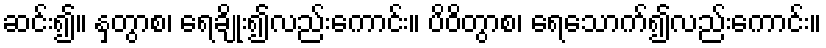
ဆင်း၍။ နှတွာစ၊ ရေချိုး၍လည်းကောင်း။ ပိဝိတွာစ၊ ရေသောက်၍လည်းကောင်း။